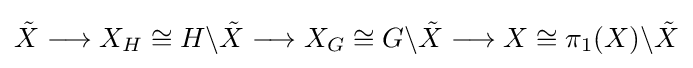
{\tilde {X}}\longrightarrow X_{H}\cong H\backslash {\tilde {X}}\longrightarrow X_{G}\cong G\backslash {\tilde {X}}\longrightarrow X\cong \pi _{1}(X)\backslash {\tilde {X}}